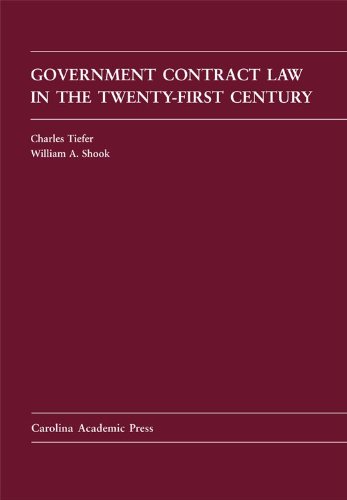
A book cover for Government Contract Law in the Twenty-First Century (Law Casebook); Charles Tiefer; Law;